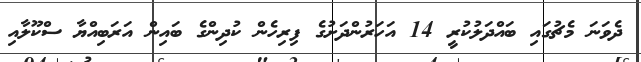
ދެވަނަ މެޗުގައި ބައްދަލުކުރީ 14 އަހަރުންދަށުގެ ފިރިހެން ކުދިންގެ ބައިން އަރަބިއްޔާ ސްކޫލާއި